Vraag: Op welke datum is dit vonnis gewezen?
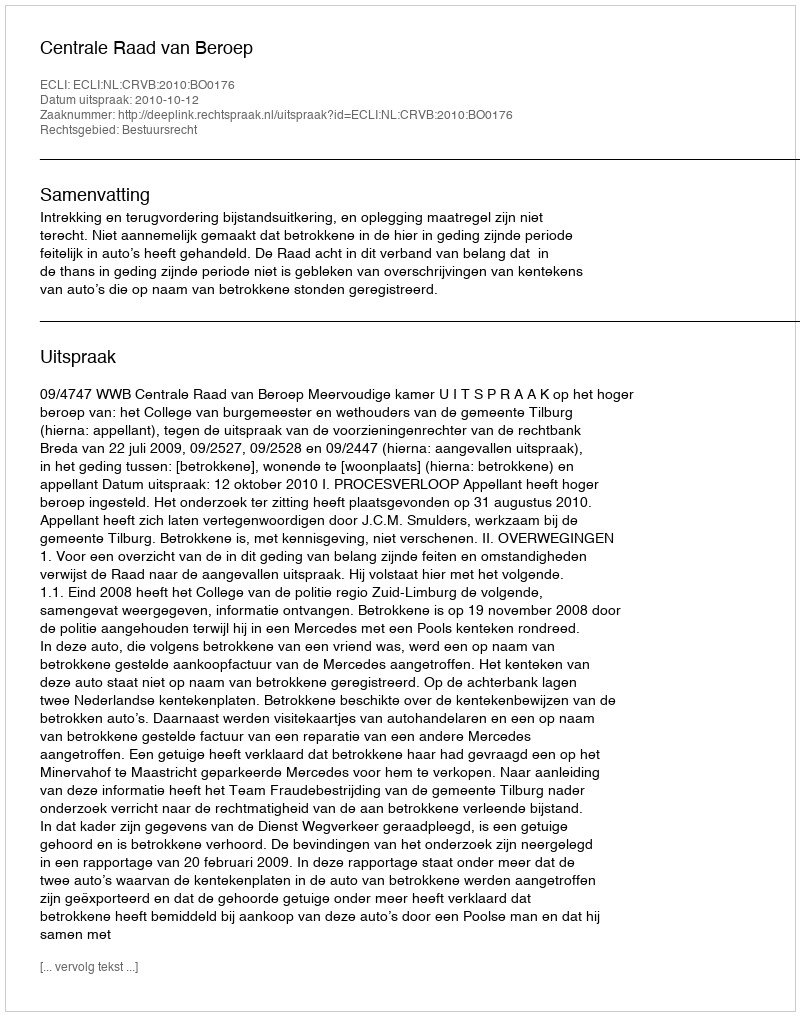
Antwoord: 2010-10-12